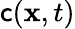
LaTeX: \mathsf{c}(\mathbf{{x}},t)